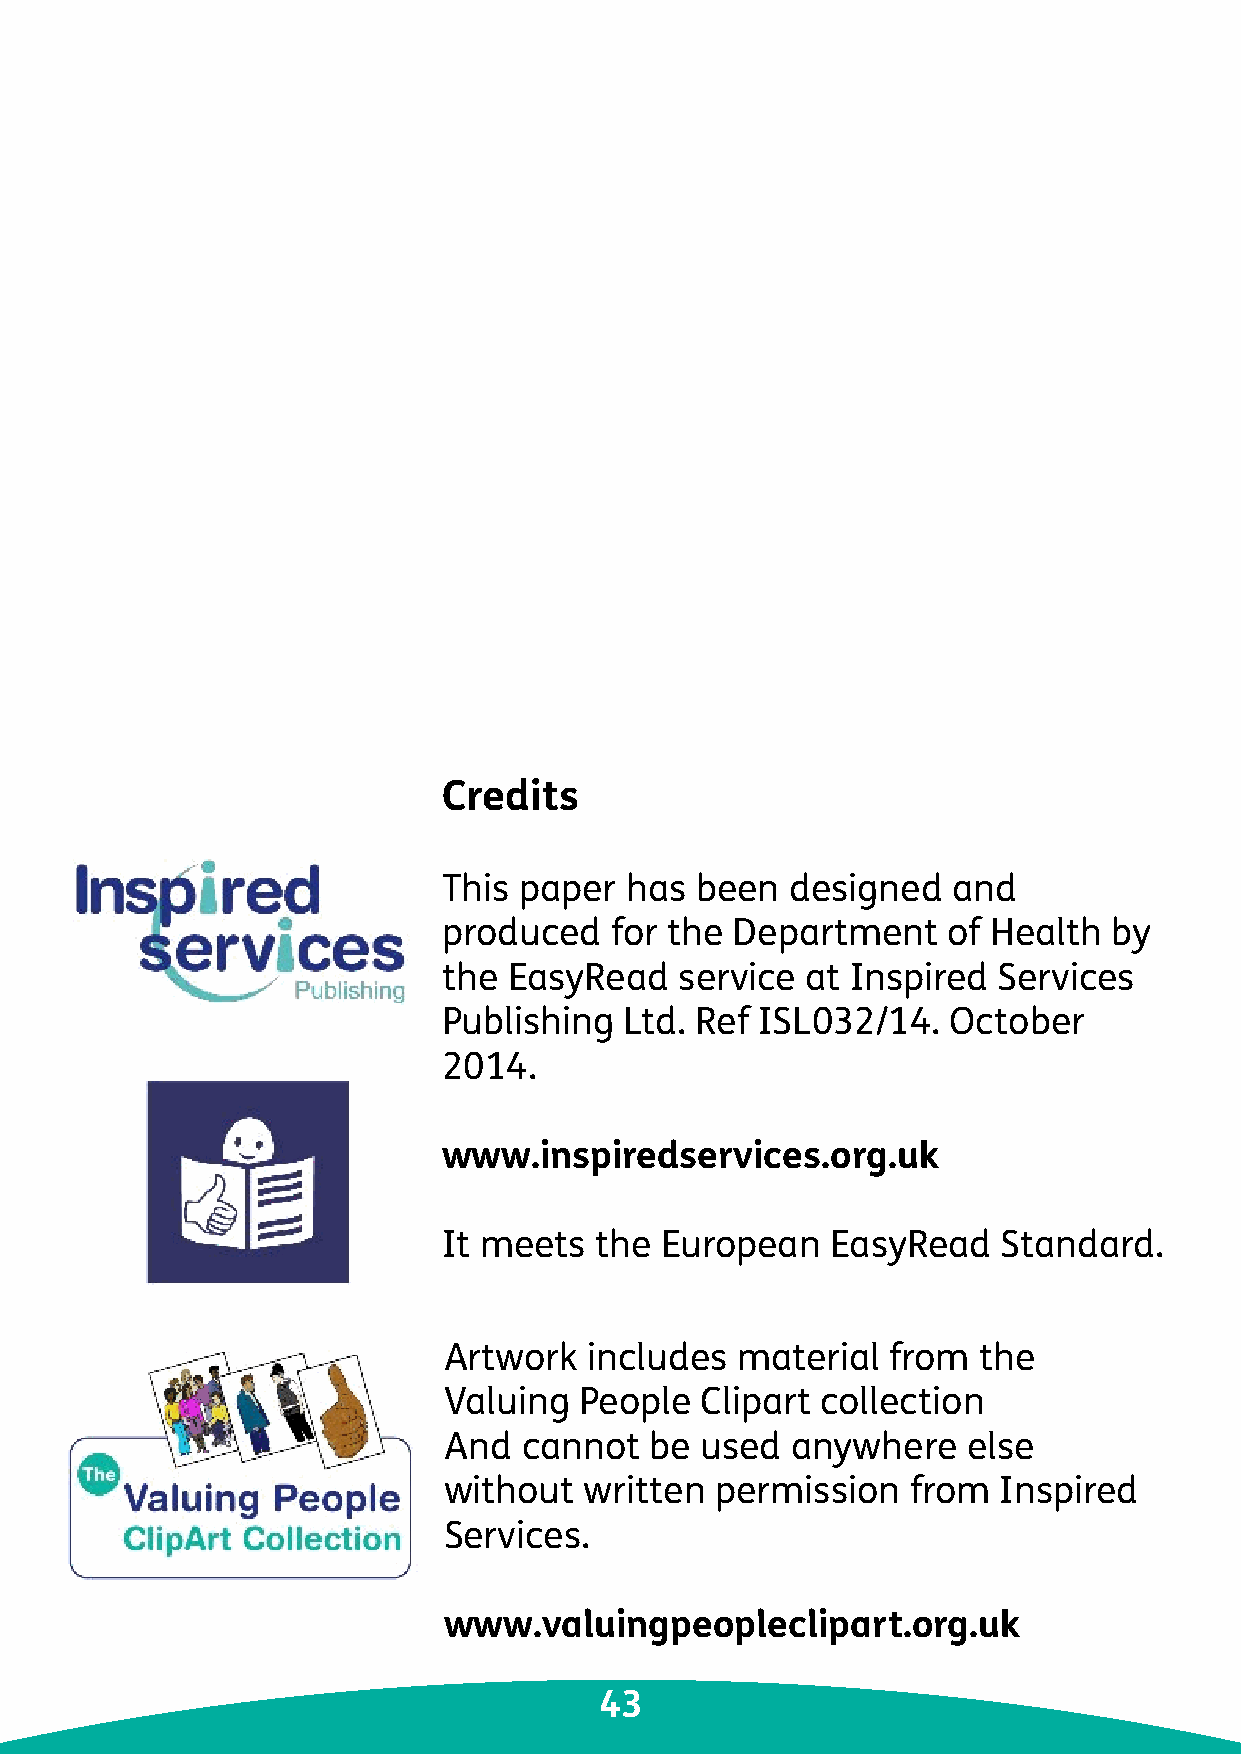
Credits
 This paper  has  been  designed   and
 produced   for the Department     of Health  by
 the  EasyRead   service at Inspired  Services
 Publishing  Ltd. Ref ISL032/14.   October
 2014.
 www.inspiredservices.org.uk
 It meets  the  European   EasyRead   Standard.
 Artwork   includes  material  from  the
 Valuing  People  Clipart collection
 And   cannot  be used  anywhere    else
 without   written permission   from  Inspired
 Services.
 www.valuingpeopleclipart.org.uk
 43